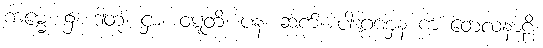
ကမ္မေ၊ ၌။ ဒါတုံ၊ ငှာ။ ဝဋ္ဋတိ၊ ပန၊ ဆက်။ ပါဒဂ္ဂဏှန က တေလနာဠိ၊